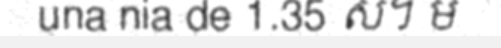
una nia de 1.35 ស។ ម